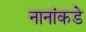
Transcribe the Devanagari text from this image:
नानांकडे